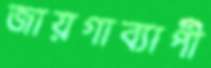
জায়গাব্যাপী